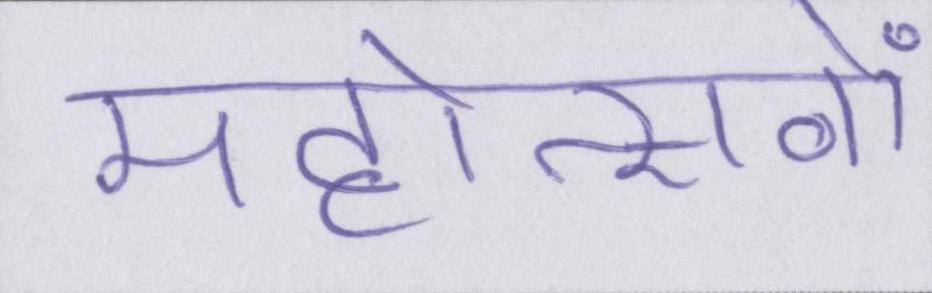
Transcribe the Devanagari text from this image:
महोत्सवों